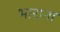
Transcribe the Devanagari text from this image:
भाराना